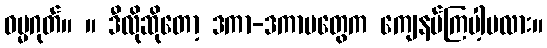
ဓမ္မဂုတ်။ ။ ဒီလိုဆိုတော့ ဒကာ-ဒကာမတွေက ကျေနပ်ကြပါ့မလား။